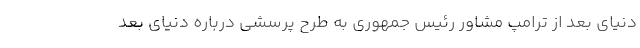
دنیای بعد از ترامپ مشاور رئیس جمهوری به طرح پرسشی درباره دنیای بعد